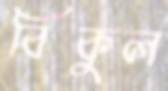
বিকুল